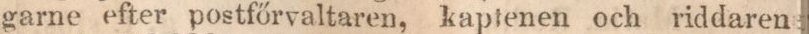
garne efter postfőrvaltaren, kaptenen och riddaren